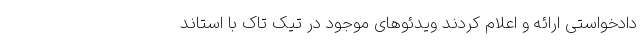
دادخواستی ارائه و اعلام کردند ویدئوهای موجود در تیک تاک با استاند